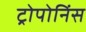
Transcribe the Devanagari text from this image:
ट्रोपोनिंस